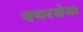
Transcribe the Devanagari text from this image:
एयरसेवा